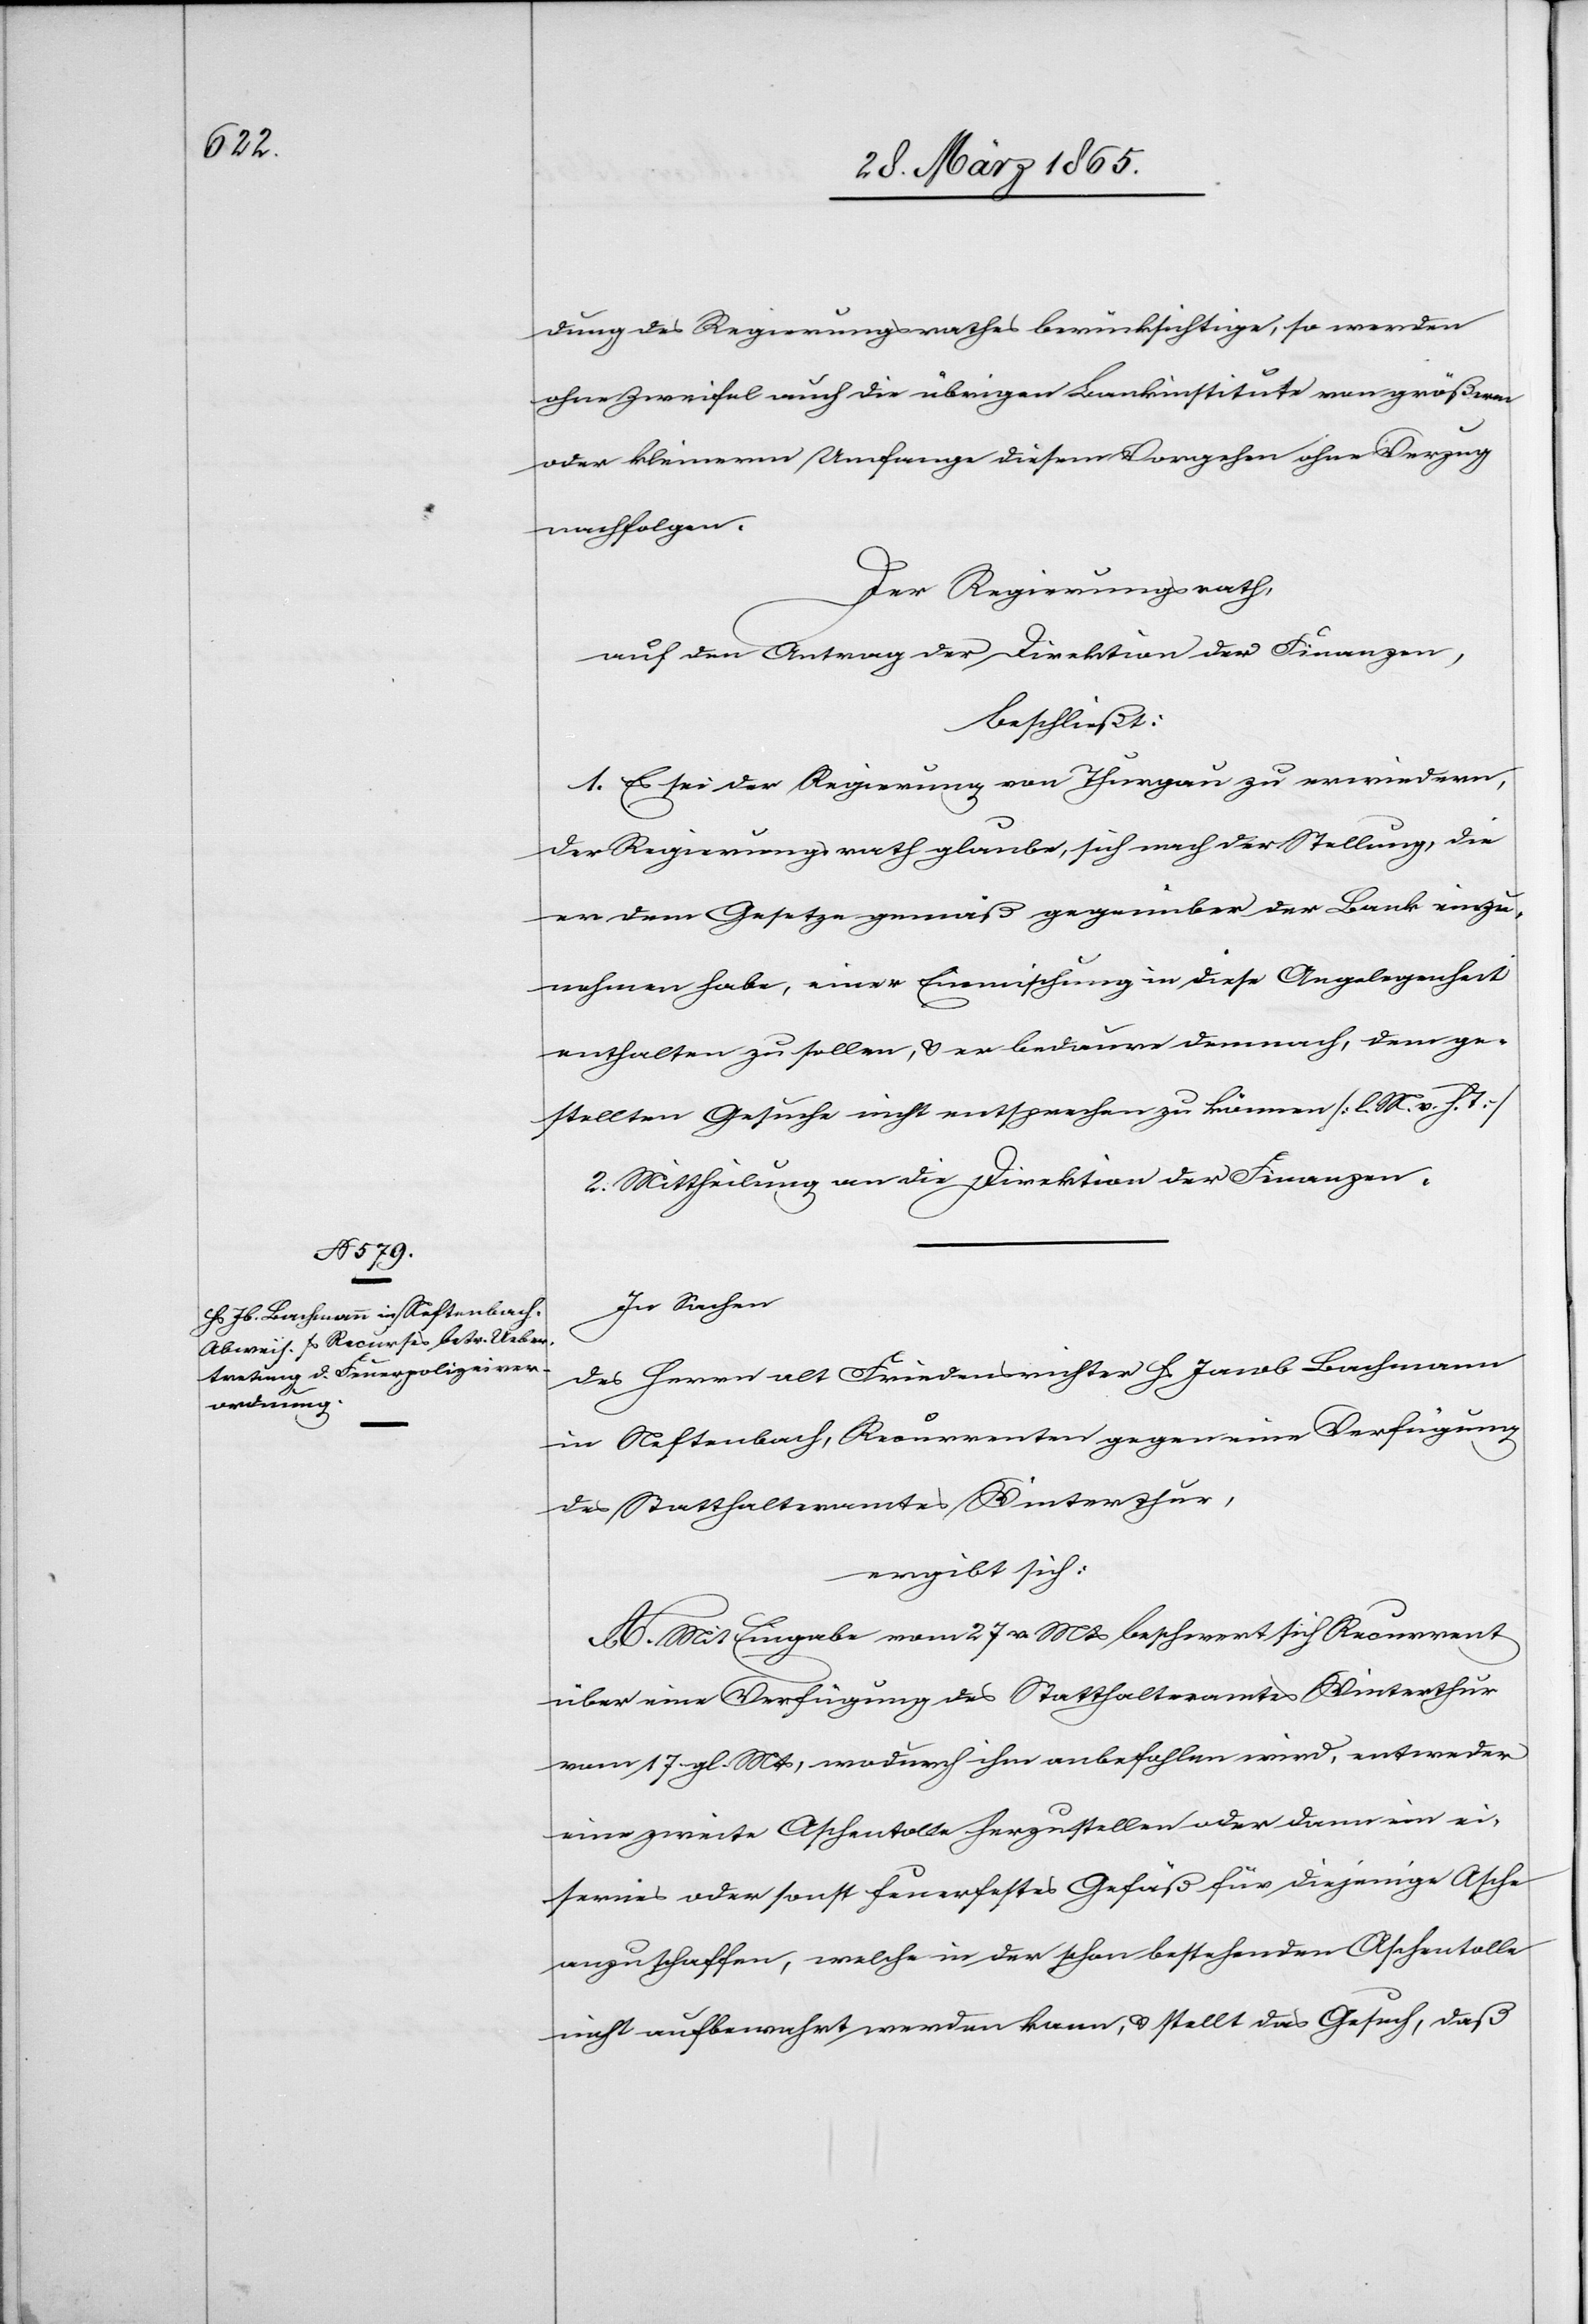
dung des Regierungsrathes berücksichtige, so werden
ohne Zweifel auch die übrigen Bankinstitute von größerem
oder kleinerm Umfange diesem Vorgehen ohne Verzug
nachfolgen.
Der Regierungsrath,
auf den Antrag der Direktion der Finanzen,
beschließt:
1. Es sei der Regierung von Thurgau zu erwiedern,
der Regierungsrath glaube, sich nach der Stellung, die
er dem Gesetze gemäß gegenüber der Bank einzu¬
nehmen habe, einer Einmischung in diese Angelegenheit
enthalten zu sollen, & er bedaure demnach, dem ge¬
stellten Gesuche nicht entsprechen zu können [l. M. v. h. T.]
2. Mittheilung an die Direktion der Finanzen.
In Sachen
des Herrn alt Friedensrichter Hs Jacob Bachmann
in Neftenbach, Recurrenten gegen eine Verfügung
des Statthalteramtes Winterthur,
ergibt sich:
A. Mit Eingabe vom 27 v. Mts beschwert sich Recurrent
über eine Verfügung des Statthalteramtes Winterthur
vom 17 gl. Mts, wodurch ihm anbefohlen wird, entweder
eine zweite Aschentolle herzustellen oder dann ein ei¬
sernes oder sonst feuerfestes Gefäß für diejenige Asche
anzuschaffen, welche in der schon bestehenden Aschentolle
nicht aufbewahrt werden kann, & stellt das Gesuch, daß